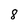
Character: 8